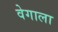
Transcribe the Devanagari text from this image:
वेगाला